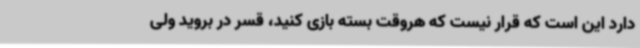
دارد این است که قرار نیست که هروقت بسته بازی ‌کنید، قسر در بروید ولی